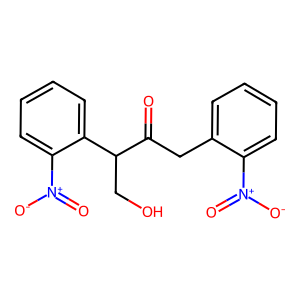
SMILES: O=C(Cc1ccccc1[N+](=O)[O-])C(CO)c1ccccc1[N+](=O)[O-]
Inhibits HIV replication: No